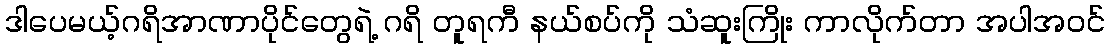
ဒါပေမယ့်ဂရိအာဏာပိုင်တွေရဲ့ ဂရိ တူရကီ နယ်စပ်ကို သံဆူးကြိုး ကာလိုက်တာ အပါအဝင်